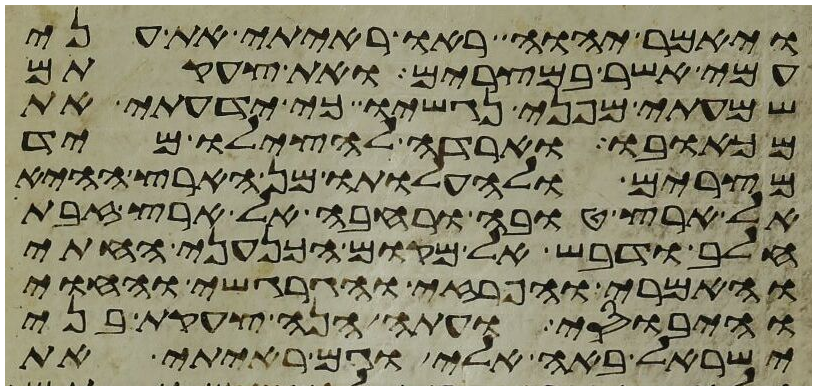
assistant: ויאמר יהוה ראו ראיתי את עני
עמי אשר במצרים ואת צעקתם
שמעתי מפני נגשיו כי ידעתי את
מכאבו וארדה להצילו מיד
מצרים ולהעלותו מן הארץ ההיא
אל ארץ טובה ורחבה אל ארץ זבת
חלב ודבש אל מקום הכנעני החתי
והאמרי והפרזי והגרגשי והחוי
והיבוסי ועתה הנה צעקת בני
ישראל באה אלי וגם ראיתי את